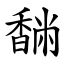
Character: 䭱